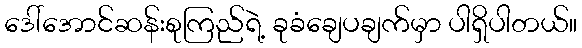
ဒေါ်အောင်ဆန်းစုကြည်ရဲ့ ခုခံချေပချက်မှာ ပါရှိပါတယ်။